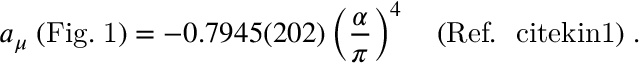
a _ { \mu } \; \mathrm { ( F i g . \; 1 ) } = - 0 . 7 9 4 5 ( 2 0 2 ) \left( { \frac { \alpha } { \pi } } \right) ^ { 4 } \quad ( \mathrm { R e f . ~ \ c i t e { k i n 1 } } ) \; .